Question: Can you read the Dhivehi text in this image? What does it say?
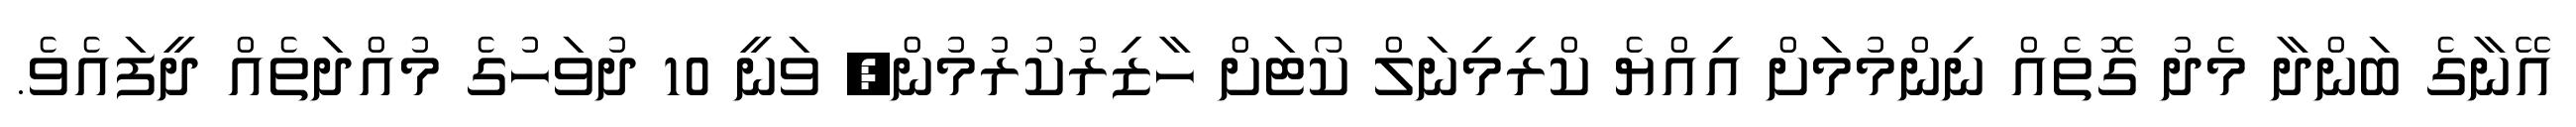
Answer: އޭނާގެ ބަންދާ މެދު ގޮތެއް ނިންމުމަށް އިއްޔެ ކްރިމިނަލް ކޯޓަށް ހާޒިރުކުރުމުން, ވަނީ 10 ދުވަހުގެ މުއްދަތެއް ދީފައެވެ.